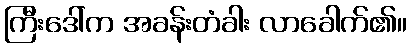
ကြီးဒေါ်က အခန်းတံခါး လာခေါက်၏။